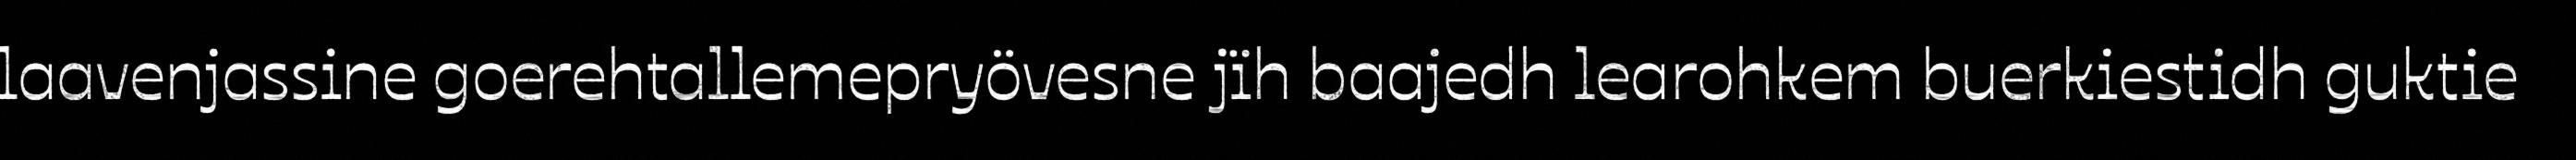
laavenjassine goerehtallemepryövesne jïh baajedh learohkem buerkiestidh guktie